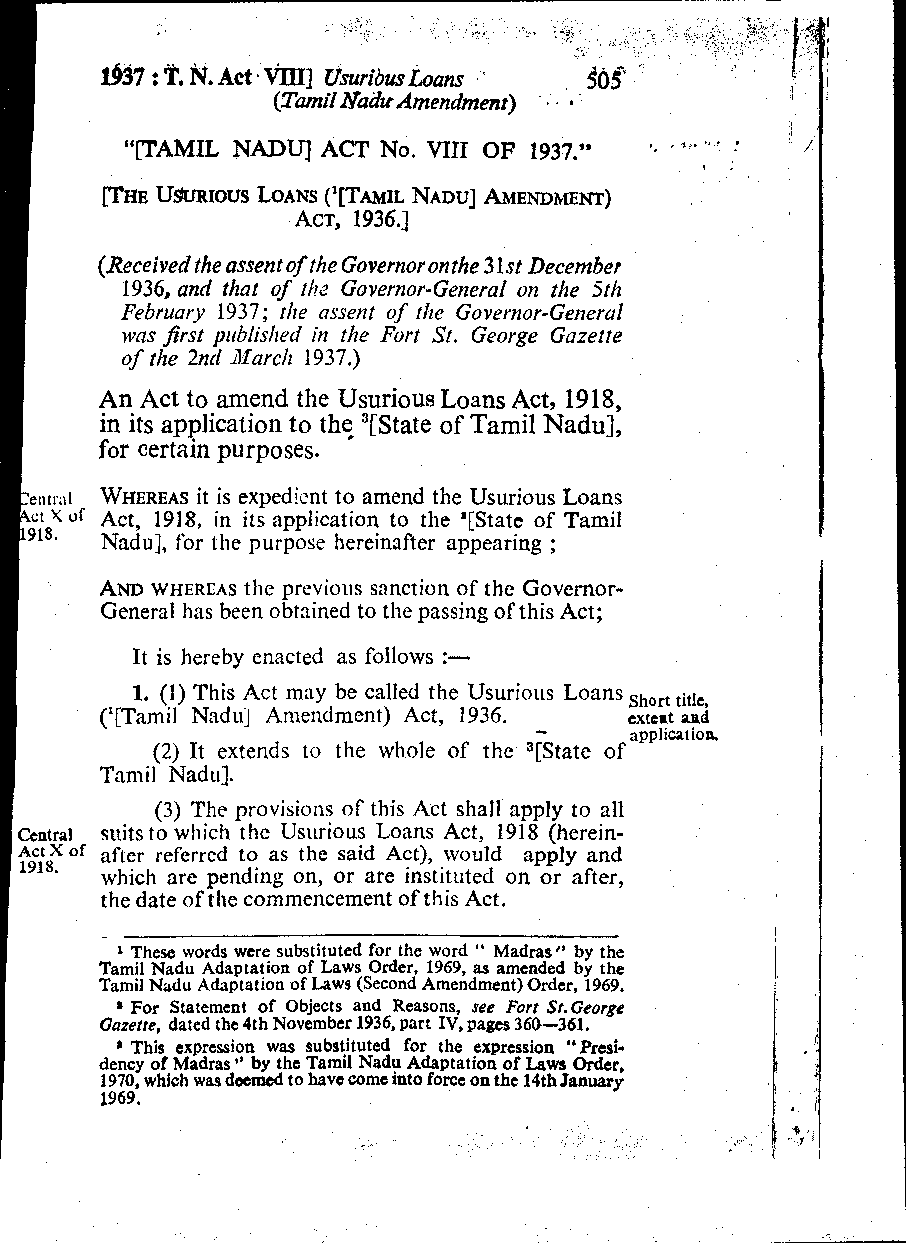
I
 d37 :T . h. Act 'cim] UsuribusL oans
 . '
 (Tamil Nadu Amendment) . . *
 ' '
 .
 "FAMIL NADU] ACT No. VIII OF 1937." ,, , ,,. ...
 I I
 (Received the assent of the Governor onthe 31st December
 1936, and that of the Governor-General on the 5th
 February 1937 ; tlte assent of the Governor-General
 was first yliblisl~ed in the Fort St. George Gnzerte
 of tlze 2nd ilfarclt 1937.)
 An Act to amend the Usurious Loans Act, 1918,
 in its application to th? 3[State of Tamil Nadu],
 for certain purposes.
 'e~lts;tl WHEREAiSt is expedient to amend the Usurious Loans
 '(of Act, 1918, in its application to the '[State of Tamil
 918.
 Nadu], for the purpose hereinafter appearing ;
 ANDW HEREASt he previous sanction of the Governor-
 General has been obtained to the passing of this Act;
 It is hereby enacted as follows :-
 1. (1) This Act may be called the Usurious Loans short title,
 ('[Tamil Naduj Amendment) Act, 1936. - extent and
 application
 (2) It extends to the whole of the 3[State of
 Tamil Nadu].
 (3) The provisio~lso f this Act shall apply to all
 !eatraI suits to which the Usurious Loans Act, 1918 (herein-
 after referred to as the said Act), would apply and
 L  C   ~   ~  ~   ~
 918'
 which are pending on, or are instituted on or after,
 the date ofth e commencement of this Act.
 1 Thew words were substituted for the word " Madras" by the
 Tamil Nadu Adaptation of Laws Order, 1969, as amended by the
 Tamil Nstdu Adaptation of Laws (Second Amendment) Order, 1969.
 For Statement of Objects and Reasons, see Fort &.George
 Uazene, dated the 4th November 1936, Part IV, pages 360-361.
 I
 a This expression was substituted for the expression " Presi-
 dency of Madras *' by the Tam11 Nadu Adaptation of Laws Order,
 1970, which was deemed to have come into force on the 14th January Y
 1969.                                       i . i